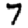
Digit: 7